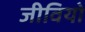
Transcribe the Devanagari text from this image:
जीवियो